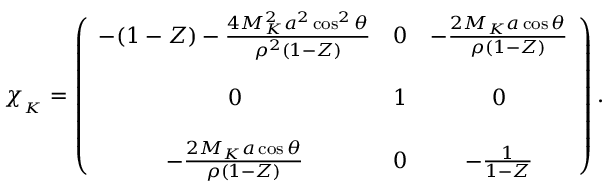
\chi _ { _ K } = \left( \begin{array} { c c c } { { - ( 1 - Z ) - { \frac { 4 M _ { K } ^ { 2 } a ^ { 2 } \cos ^ { 2 } \theta } { \rho ^ { 2 } ( 1 - Z ) } } } } & { { 0 } } & { { - { \frac { 2 M _ { K } a \cos \theta } { \rho ( 1 - Z ) } } } } \\ { { } } & { { } } & { { } } \\ { { 0 } } & { { 1 } } & { { 0 } } \\ { { } } & { { } } & { { } } \\ { { - { \frac { 2 M _ { K } a \cos \theta } { \rho ( 1 - Z ) } } } } & { { 0 } } & { { - { \frac { 1 } { 1 - Z } } } } \end{array} \right) .